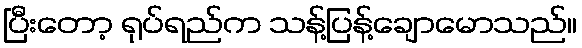
ပြီးတော့ ရုပ်ရည်က သန့်ပြန့်ချောမောသည်။